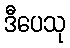
ဒီပေသု